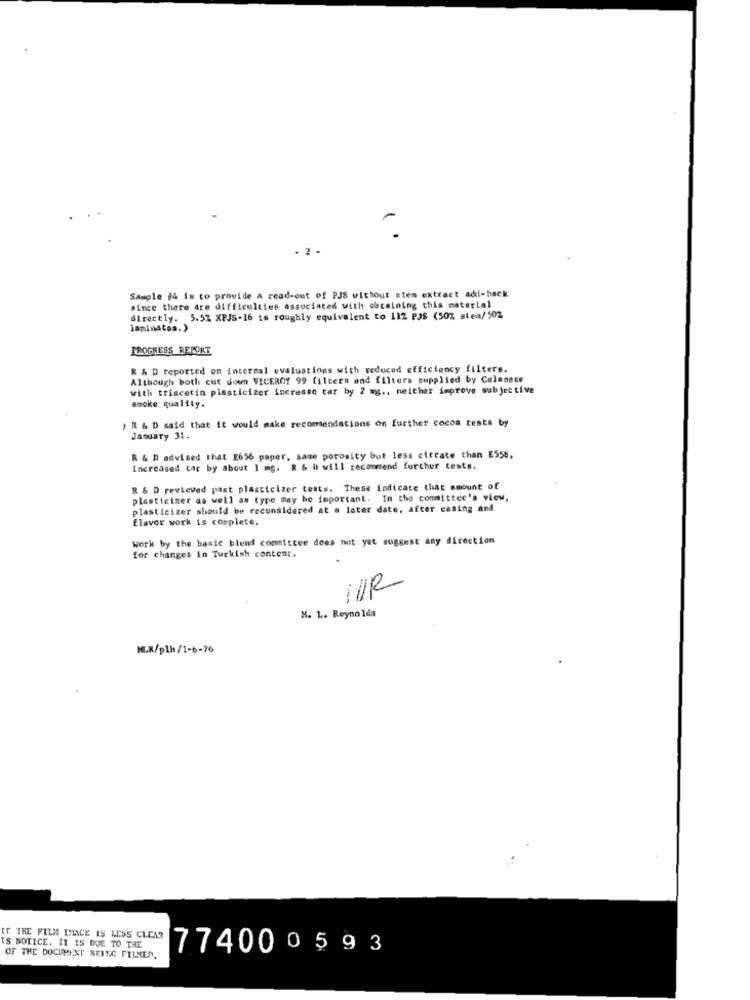
- 2 -
Sample #4 is to provide a read-out of PJS without stem extract add-back
since there are difficulties associated with obtaining this material
directly. 5.5% XPJS-16 is roughly equivalent to 112 PJS (507 stea/ 502
laminates.)
PROGRESS REPORT
R & D reported on internal evaluations with reduced efficiency filters.
Although both cut down VICEROY 99 filters and filters supplied by Colanese
with triseetin plasticizer increase tar by 2 mg ., neither improve subjective
smoke quality.
) R & D said that it would make recommendations on further cocoa tests by
January 31.
R & D advised that E656 paper, same porosity but less citrate than E556,
Increased car by about 1 mg. R & b will recommend furcher tests.
R & D reviewed past plasticizer tests. These indicate that amount of
plasticizer as well as type may be important. In the committee's view,
plasticizer should be reconsidered at a later date, after casing and
Elavor work is complete.
work by the basic blend committee does not yet suggest any direction
for changes in Turkish content.
HUR
N. L. Reynolds
MLK/plh/1-6-76
ET THE FILM INACE IS LESS CLEAR
TS NOTICE. 11 15 DUE TO THE
774000593
OF THE DOCUMENT RENEG FILMEN.